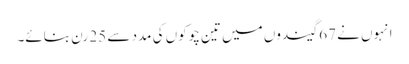
انہوں نے 67 گیندوں میں تین چوکوں کی مدد سے 25 رن بنائے۔